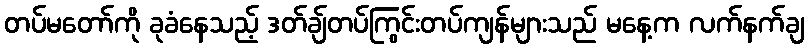
တပ်မတော်ကို ခုခံနေသည့် ဒတ်ချ်တပ်ကြွင်းတပ်ကျန်များသည် မနေ့က လက်နက်ချ